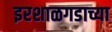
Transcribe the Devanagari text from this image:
इरशाळगडाच्या